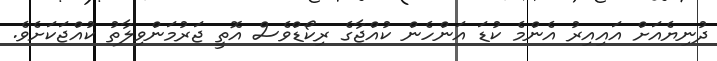
ދުނިޔެއަށް އައިއިރު އެންމެ ކުޑަ އަންހެން ކުއްޖާގެ ރިކޯޑްވެސް އޮތީ ޖަރުމަންވިލާތު ކުއްޖަކަށެވެ.